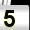
Digit: 5